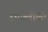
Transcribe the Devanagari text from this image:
उभयलोकी